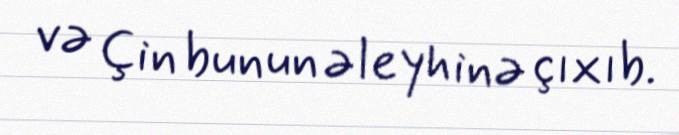
və Çin bunun əleyhinə çıxıb.